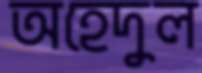
অহেদুল